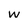
Character: w